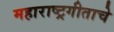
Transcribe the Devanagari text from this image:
महाराष्ट्रगीताचे